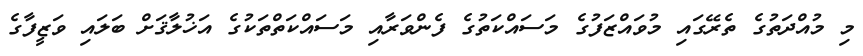
މި މުއްދަތުގެ ތެރޭގައި މުވައްޒަފުގެ މަސައްކަތުގެ ފެންވަރާއި މަސައްކަތްތަކުގެ އަޚުލާޤަށް ބަލައި ވަޒީފާގެ